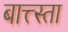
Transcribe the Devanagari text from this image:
बात्त्स्ता